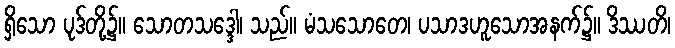
ရှိသော ပုဒ်တို့၌။ သောတသဒ္ဒေါ၊ သည်။ မံသသောတေ၊ ပသာဒဟူသောအနက်၌။ ဒိဿတိ၊